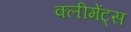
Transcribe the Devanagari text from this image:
क्लीमेंट्स